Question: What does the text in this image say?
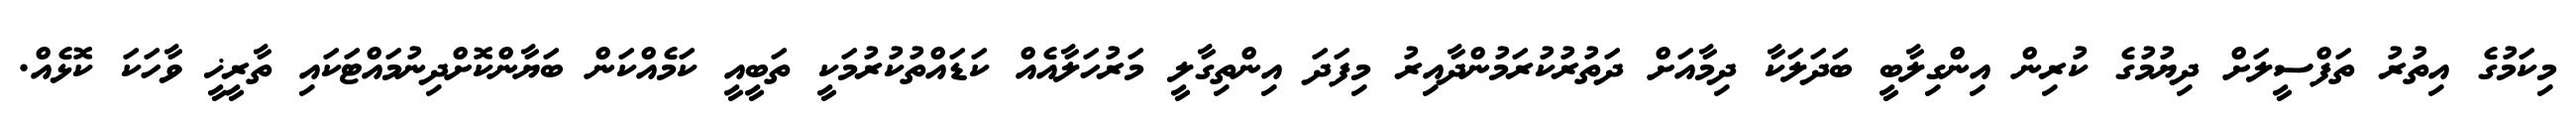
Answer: މިކަމުގެ އިތުރު ތަފްސީލަށް ދިޔުމުގެ ކުރިން އިންގިލާބީ ބަދަލަކާ ދިމާއަށް ދަތުރުކުރަމުންދާއިރު މިފަދަ އިންތިގާލީ މަރުހަލާއެއް ކަޑައްތުކުރުމަކީ ތަބީއީ ކަމެއްކަން ބަޔާންކޮށްދިނުމައްޓަކައި ތާރީޚީ ވާހަކަ ކޮޅެއް.